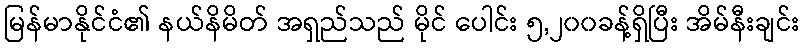
မြန်မာနိုင်ငံ၏ နယ်နိမိတ် အရှည်သည် မိုင် ပေါင်း ၅,၂၀၀ခန့်ရှိပြီး အိမ်နီးချင်း